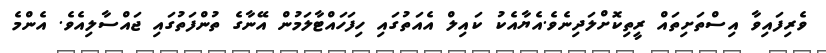
ވެރިފައިވާ އިސްތަށިތައް ރީތިކޮށްލަދިނެވެ.އެޔާއެކު ކައިލް އެއަތުގައި ހިފަހައްޓާލަމުން އޭނާގެ ތުންފަތުގައި ޖައްސާލިއެވެ. އެންމެ